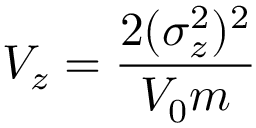
V _ { z } = \frac { 2 ( \sigma _ { z } ^ { 2 } ) ^ { 2 } } { V _ { 0 } m }